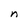
Character: n